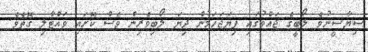
ސިޔާސީނުވެ ލޯބީގެ ޖައްވުގައި ފިޔަޖަހަމުން ދިޔަ ލޯބިވެރިން ވެސް ކޮށައި ވައްޓާލި ގޮތެވެ.